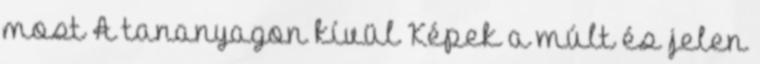
most A tananyagon kívül Képek a múlt és jelen